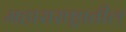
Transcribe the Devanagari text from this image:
महाराराष्ट्रातील